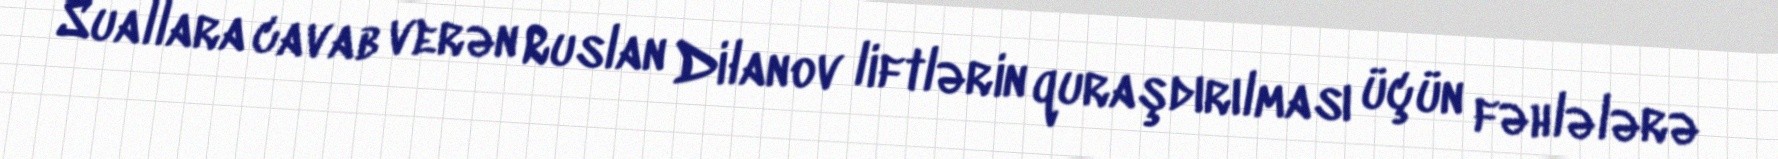
Suallara cavab verən Ruslan Dilanov liftlərin quraşdırılması üçün fəhlələrə